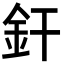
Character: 釬